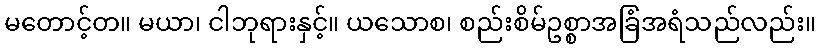
မတောင့်တ။ မယာ၊ ငါဘုရားနှင့်။ ယသောစ၊ စည်းစိမ်ဥစ္စာအခြံအရံသည်လည်း။